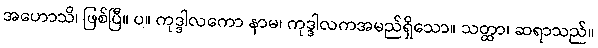
အဟောသိ၊ ဖြစ်ပြီ။ ပ။ ကုဒ္ဒါလကော နာမ၊ ကုဒ္ဒါလကအမည်ရှိသော။ သတ္ထာ၊ ဆရာသည်။